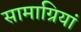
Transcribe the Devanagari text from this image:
सामाग्रियां